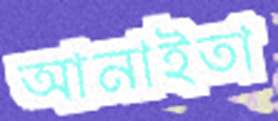
আনাইতা